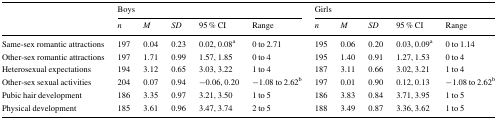
<table><thead><tr><td rowspan="2"></td><td colspan="5"><b>Boys</b></td><td colspan="5"><b>Girls</b></td></tr><tr><td><b><i>n</i></b></td><td><b><i>M</i></b></td><td><b><i>SD</i></b></td><td><b>95 % CI</b></td><td><b>Range</b></td><td><b><i>n</i></b></td><td><b><i>M</i></b></td><td><b><i>SD</i></b></td><td><b>95 % CI</b></td><td><b>Range</b></td></tr></thead><tbody><tr><td>Same-sex romantic attractions</td><td>197</td><td>0.04</td><td>0.23</td><td>0.02, 0.08<sup>a</sup></td><td>0 to 2.71</td><td>195</td><td>0.06</td><td>0.20</td><td>0.03, 0.09<sup>a</sup></td><td>0 to 1.14</td></tr><tr><td>Other-sex romantic attractions</td><td>197</td><td>1.71</td><td>0.99</td><td>1.57, 1.85</td><td>0 to 4</td><td>195</td><td>1.40</td><td>0.91</td><td>1.27, 1.53</td><td>0 to 4</td></tr><tr><td>Heterosexual expectations</td><td>194</td><td>3.12</td><td>0.65</td><td>3.03, 3.22</td><td>1 to 4</td><td>187</td><td>3.11</td><td>0.66</td><td>3.02, 3.21</td><td>1 to 4</td></tr><tr><td>Other-sex sexual activities</td><td>204</td><td>0.07</td><td>0.94</td><td>−0.06, 0.20</td><td>−1.08 to 2.62<sup>b</sup></td><td>197</td><td>0.01</td><td>0.90</td><td>0.12, 0.13</td><td>−1.08 to 2.62<sup>b</sup></td></tr><tr><td>Pubic hair development</td><td>186</td><td>3.35</td><td>0.97</td><td>3.21, 3.50</td><td>1 to 5</td><td>186</td><td>3.83</td><td>0.84</td><td>3.71, 3.95</td><td>1 to 5</td></tr><tr><td>Physical development</td><td>185</td><td>3.61</td><td>0.96</td><td>3.47, 3.74</td><td>2 to 5</td><td>188</td><td>3.49</td><td>0.87</td><td>3.36, 3.62</td><td>1 to 5</td></tr></tbody></table>